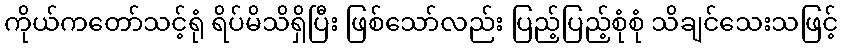
ကိုယ်ကတော်သင့်ရုံ ရိပ်မိသိရှိပြီး ဖြစ်သော်လည်း ပြည့်ပြည့်စုံစုံ သိချင်သေးသဖြင့်